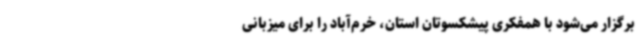
برگزار می‌شود با همفکری پیشکسوتان استان، خرم‌آباد را برای میزبانی